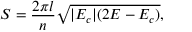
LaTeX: S = \frac { 2 \pi l } { n } \sqrt { | E _ { c } | ( 2 E - E _ { c } ) } ,